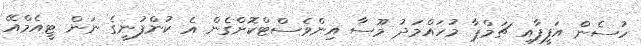
ހުސެން އަފީފާއި ޗަމްޕާ މުހައްމަދު މޫސާ އިންވެސްޓްކޮށްގެން އެ ކުންފުނީގެ ނަން ޓީއެމްއޭ